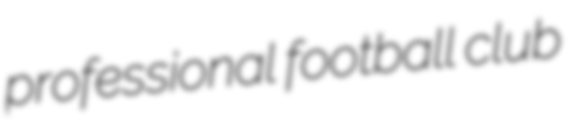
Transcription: professional football club